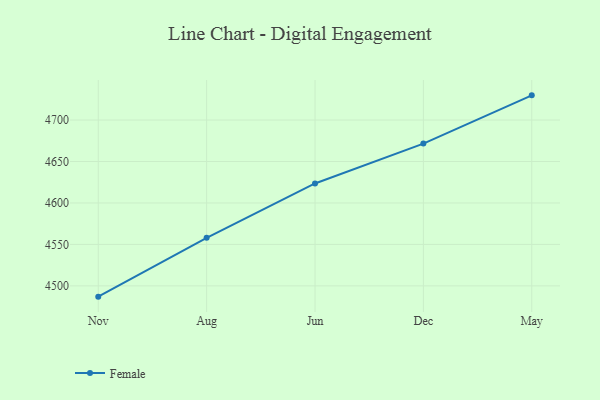
{"axis": {"x": "Month", "y": "Website Visitors"}, "legend": ["Female"], "data": [{"x": "Nov", "y": 4487.0, "type": "Female"}, {"x": "Aug", "y": 4557.9, "type": "Female"}, {"x": "Jun", "y": 4623.5, "type": "Female"}, {"x": "Dec", "y": 4671.6, "type": "Female"}, {"x": "May", "y": 4729.8, "type": "Female"}]}